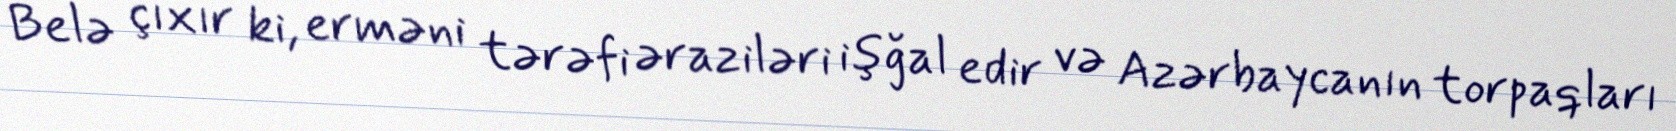
Belə çıxır ki, erməni tərəfi əraziləri işğal edir və Azərbaycanın torpaqları